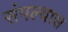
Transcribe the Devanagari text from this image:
संपल्यास